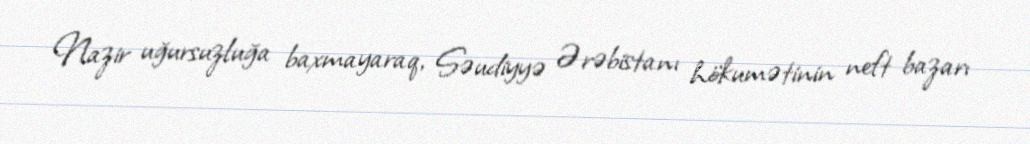
Nazir uğursuzluğa baxmayaraq, Səudiyyə Ərəbistanı hökumətinin neft bazarı